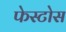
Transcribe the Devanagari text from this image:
फेस्टोस